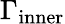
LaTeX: \Gamma_{\mathrm{inner}}